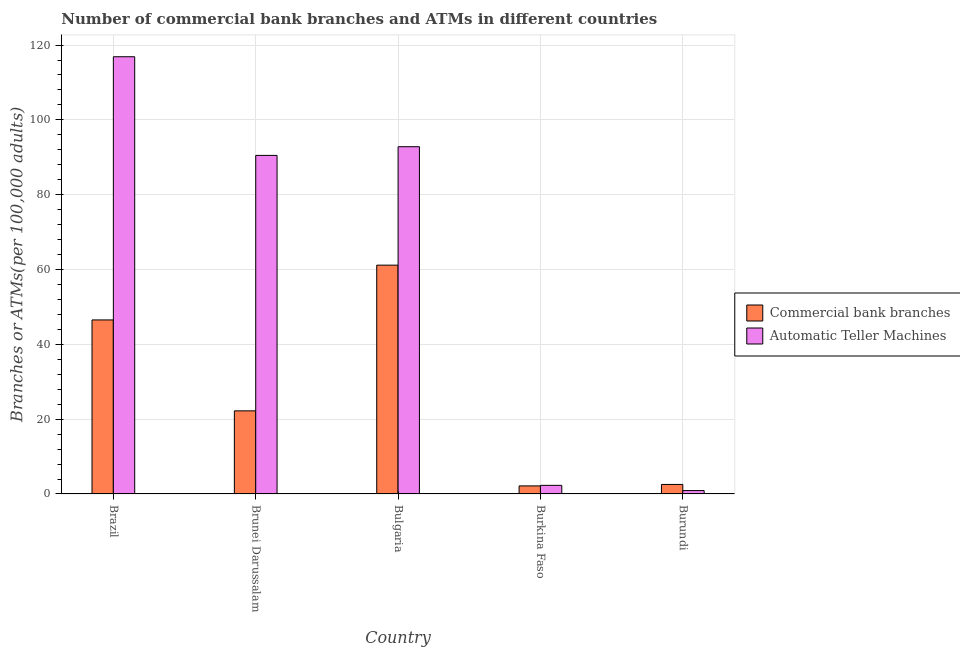
| Country | Commercial bank branches | Automatic Teller Machines |
 | --- | --- | --- |
 | Brazil | 46.5 | 117 |
 | Brunei Darussalam | 22.2 | 90.5 |
 | Bulgaria | 61.2 | 92.8 |
 | Burkina Faso | 2.16 | 2.3 |
 | Burundi | 2.55 | 0.91 |